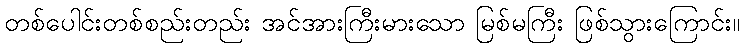
တစ်ပေါင်းတစ်စည်းတည်း အင်အားကြီးမားသော မြစ်မကြီး ဖြစ်သွားကြောင်း။